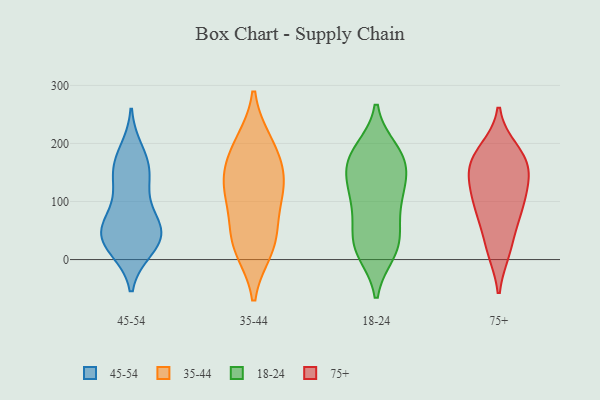
{"axis": {"x": "Shipments", "y": "Value"}, "legend": ["18-24", "35-44", "45-54", "75+"], "data": [{"x": "", "y": 44, "type": "45-54"}, {"x": "", "y": 39, "type": "45-54"}, {"x": "", "y": 48, "type": "45-54"}, {"x": "", "y": 185, "type": "45-54"}, {"x": "", "y": 71, "type": "45-54"}, {"x": "", "y": 160, "type": "45-54"}, {"x": "", "y": 20, "type": "45-54"}, {"x": "", "y": 66, "type": "45-54"}, {"x": "", "y": 162, "type": "45-54"}, {"x": "", "y": 141, "type": "45-54"}, {"x": "", "y": 120, "type": "45-54"}, {"x": "", "y": 39, "type": "45-54"}, {"x": "", "y": 24, "type": "45-54"}, {"x": "", "y": 195, "type": "35-44"}, {"x": "", "y": 35, "type": "35-44"}, {"x": "", "y": 200, "type": "35-44"}, {"x": "", "y": 128, "type": "35-44"}, {"x": "", "y": 19, "type": "35-44"}, {"x": "", "y": 130, "type": "35-44"}, {"x": "", "y": 28, "type": "35-44"}, {"x": "", "y": 162, "type": "35-44"}, {"x": "", "y": 123, "type": "35-44"}, {"x": "", "y": 84, "type": "35-44"}, {"x": "", "y": 137, "type": "18-24"}, {"x": "", "y": 186, "type": "18-24"}, {"x": "", "y": 33, "type": "18-24"}, {"x": "", "y": 76, "type": "18-24"}, {"x": "", "y": 115, "type": "18-24"}, {"x": "", "y": 16, "type": "18-24"}, {"x": "", "y": 147, "type": "18-24"}, {"x": "", "y": 172, "type": "18-24"}, {"x": "", "y": 188, "type": "18-24"}, {"x": "", "y": 108, "type": "18-24"}, {"x": "", "y": 94, "type": "18-24"}, {"x": "", "y": 161, "type": "18-24"}, {"x": "", "y": 175, "type": "18-24"}, {"x": "", "y": 40, "type": "18-24"}, {"x": "", "y": 13, "type": "18-24"}, {"x": "", "y": 21, "type": "18-24"}, {"x": "", "y": 182, "type": "75+"}, {"x": "", "y": 110, "type": "75+"}, {"x": "", "y": 137, "type": "75+"}, {"x": "", "y": 147, "type": "75+"}, {"x": "", "y": 15, "type": "75+"}, {"x": "", "y": 173, "type": "75+"}, {"x": "", "y": 15, "type": "75+"}, {"x": "", "y": 168, "type": "75+"}, {"x": "", "y": 62, "type": "75+"}, {"x": "", "y": 89, "type": "75+"}, {"x": "", "y": 106, "type": "75+"}, {"x": "", "y": 147, "type": "75+"}, {"x": "", "y": 76, "type": "75+"}, {"x": "", "y": 189, "type": "75+"}]}